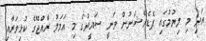
އަދި މި ލިޔުމުގައި ފެޑެރޭޝަނުން ވަނީ ސައީދުގެ މި އަމަލު ރާއްޖޭގެ ކުޅިވަރާއި